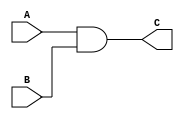
module And(
    input wire A,
    input wire B,
    output reg  C
);
always @(*)begin
    C <= A & B;
end

endmodule // And